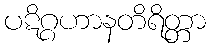
ပဋိဂ္ဂဟာနတိရိတ္တာ